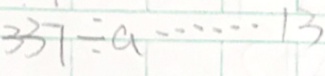
3 3 7 \div a \cdots 1 3